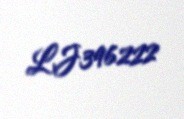
LJ396222